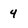
Character: 4